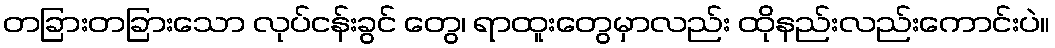
တခြားတခြားသော လုပ်ငန်းခွင် တွေ၊ ရာထူးတွေမှာလည်း ထိုနည်းလည်းကောင်းပဲ။